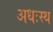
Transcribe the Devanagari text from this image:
अधःस्थ